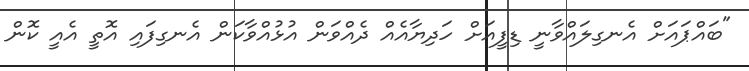
"ބައްޕައަށް އެނގިލައްވާނީ ޑިފީއަށް ހަދިޔާއެއް ދެއްވަން އުޅުއްވާކަން އެނގިފައި އޮތީ އެއީ ކޮން